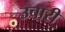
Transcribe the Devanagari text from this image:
उचारी